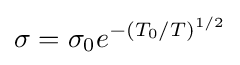
\sigma =\sigma _{0}e^{-(T_{0}/T)^{1/2}}